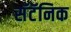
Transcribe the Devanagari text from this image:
सॅटॅनिक